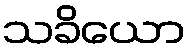
သခိယော